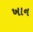
ખાન